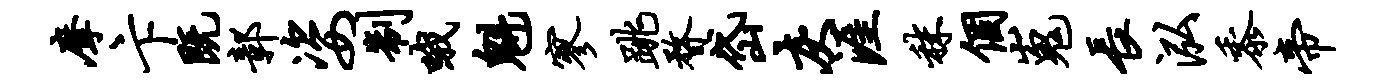
摩卞既鄣姿制哦魁寥跳瞀岱灰涯秣个嵬长泓黍帝